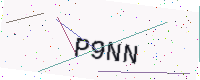
Text: P9NN